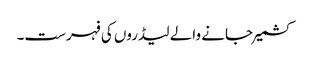
کشمیرجانے والے لیڈروں کی فہرست۔